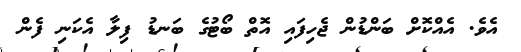
އެވެ. އެއްކޮށް ބަންޑުން ޖެހިފައި އޮތް ބޯޓުގެ ބަނޑު ފިލާ އެކަނި ފެން